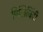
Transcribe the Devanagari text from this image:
पिलिचिंदी